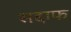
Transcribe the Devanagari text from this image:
सद्दाफ